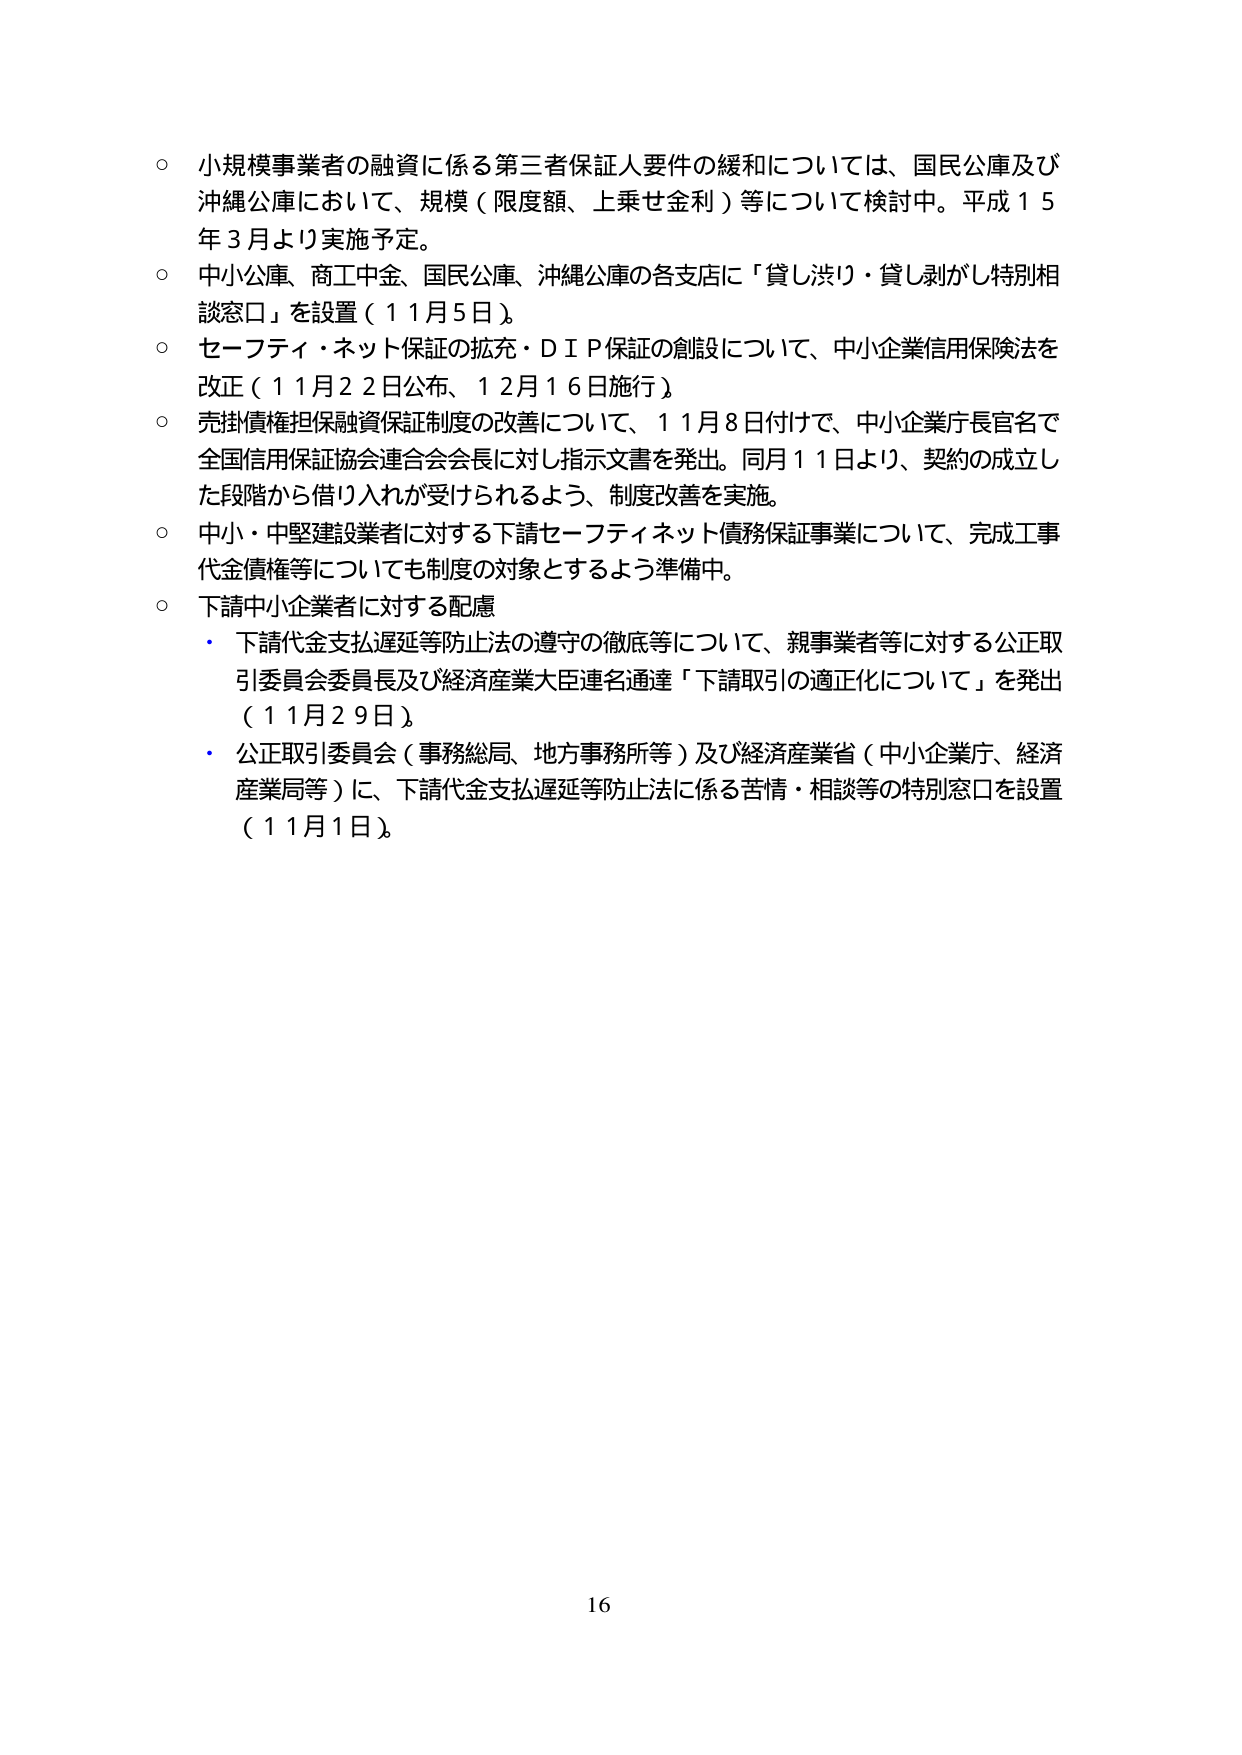
○ 小規模事業者の融資に係る第三者保証人要件の緩和については、国民公庫及び沖縄公庫において、規模（限度額、上乗せ金利）等について検討中。平成１５年３月より実施予定。
○ 中小公庫、商工中金、国民公庫、沖縄公庫の各支店に「貸し渋り・貸し剥がし特別相談窓口」を設置（１１月５日）。
○ セーフティ・ネット保証の拡充・ＤＩＰ保証の創設について、中小企業信用保険法を改正（１１月２２日公布、１２月１６日施行）。
○ 売掛債権担保融資保証制度の改善について、１１月８日付けで、中小企業庁長官名で全国信用保証協会連合会会長に対し指示文書を発出。同月１１日より、契約の成立した段階から借り入れが受けられるよう、制度改善を実施。
○ 中小・中堅建設業者に対する下請セーフティネット債務保証事業について、完成工事代金債権等についても制度の対象とするよう準備中。
○ 下請中小企業者に対する配慮
　・ 下請代金支払遅延等防止法の遵守の徹底等について、親事業者等に対する公正取引委員会委員長及び経済産業大臣連名通達「下請取引の適正化について」を発出（１１月２９日）。
　・ 公正取引委員会（事務総局、地方事務所等）及び経済産業省（中小企業庁、経済産業局等）に、下請代金支払遅延等防止法に係る苦情・相談等の特別窓口を設置（１１月１日）。

16